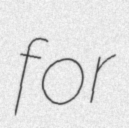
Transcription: for